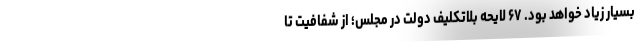
بسیار زیاد خواهد بود. ۶۷ لایحه بلاتکلیف دولت در مجلس؛ از شفافیت تا